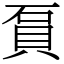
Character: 𧵔